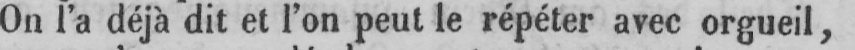
On l’a déjà dit et l’on peut le répéter avec orgueil,